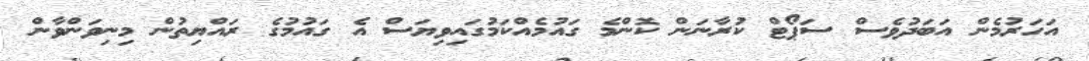
އަހަރުމެން އަބަދުވެސް ސަޕޯޓް ކުރާނަން ކޮންމެ ގައުމެއްކަމުގައިވިޔަސް އެ ގައުމުގެ ރައްޔިތުން މިނިވަންވާން